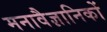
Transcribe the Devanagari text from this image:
मनावैज्ञानिकों